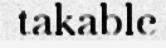
takable